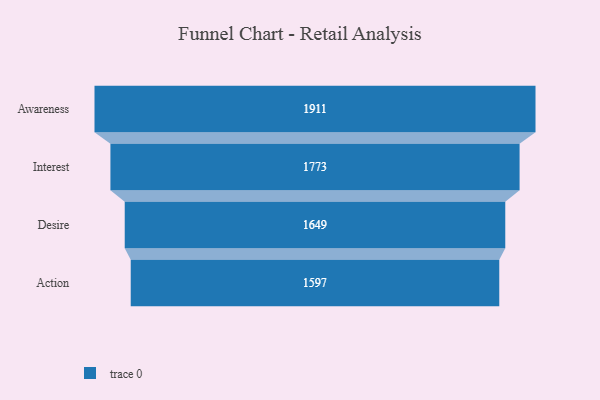
{"axis": {"x": "Stage", "y": "Value"}, "legend": [""], "data": [{"x": "Awareness", "y": 1911.0, "type": ""}, {"x": "Interest", "y": 1773.0, "type": ""}, {"x": "Desire", "y": 1649.0, "type": ""}, {"x": "Action", "y": 1597.0, "type": ""}]}